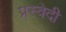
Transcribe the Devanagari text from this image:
प्रस्वेदी